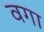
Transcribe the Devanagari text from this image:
वगा